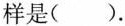
样是( ).